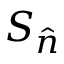
S _ { \hat { n } }